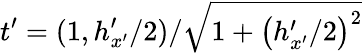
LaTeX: t^{\prime}=(1,h_{x^{\prime}}^{\prime}/2)/\sqrt{1+\left(h_{x^{\prime}}^{\prime}/2\right)^{2}}